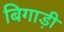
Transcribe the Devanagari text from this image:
बिगाड़ी